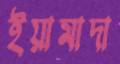
ইয়ামাদা